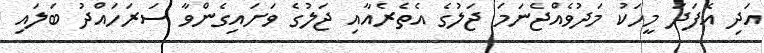
އަދި އެފަދަ މީހަކު މަދުވެއްޖެނަމަ ޖަލުގެ އެތެރެއާއި ޖަލުގެ ވަށައިގެންވާ ސަރަހައްދު ބަލައި